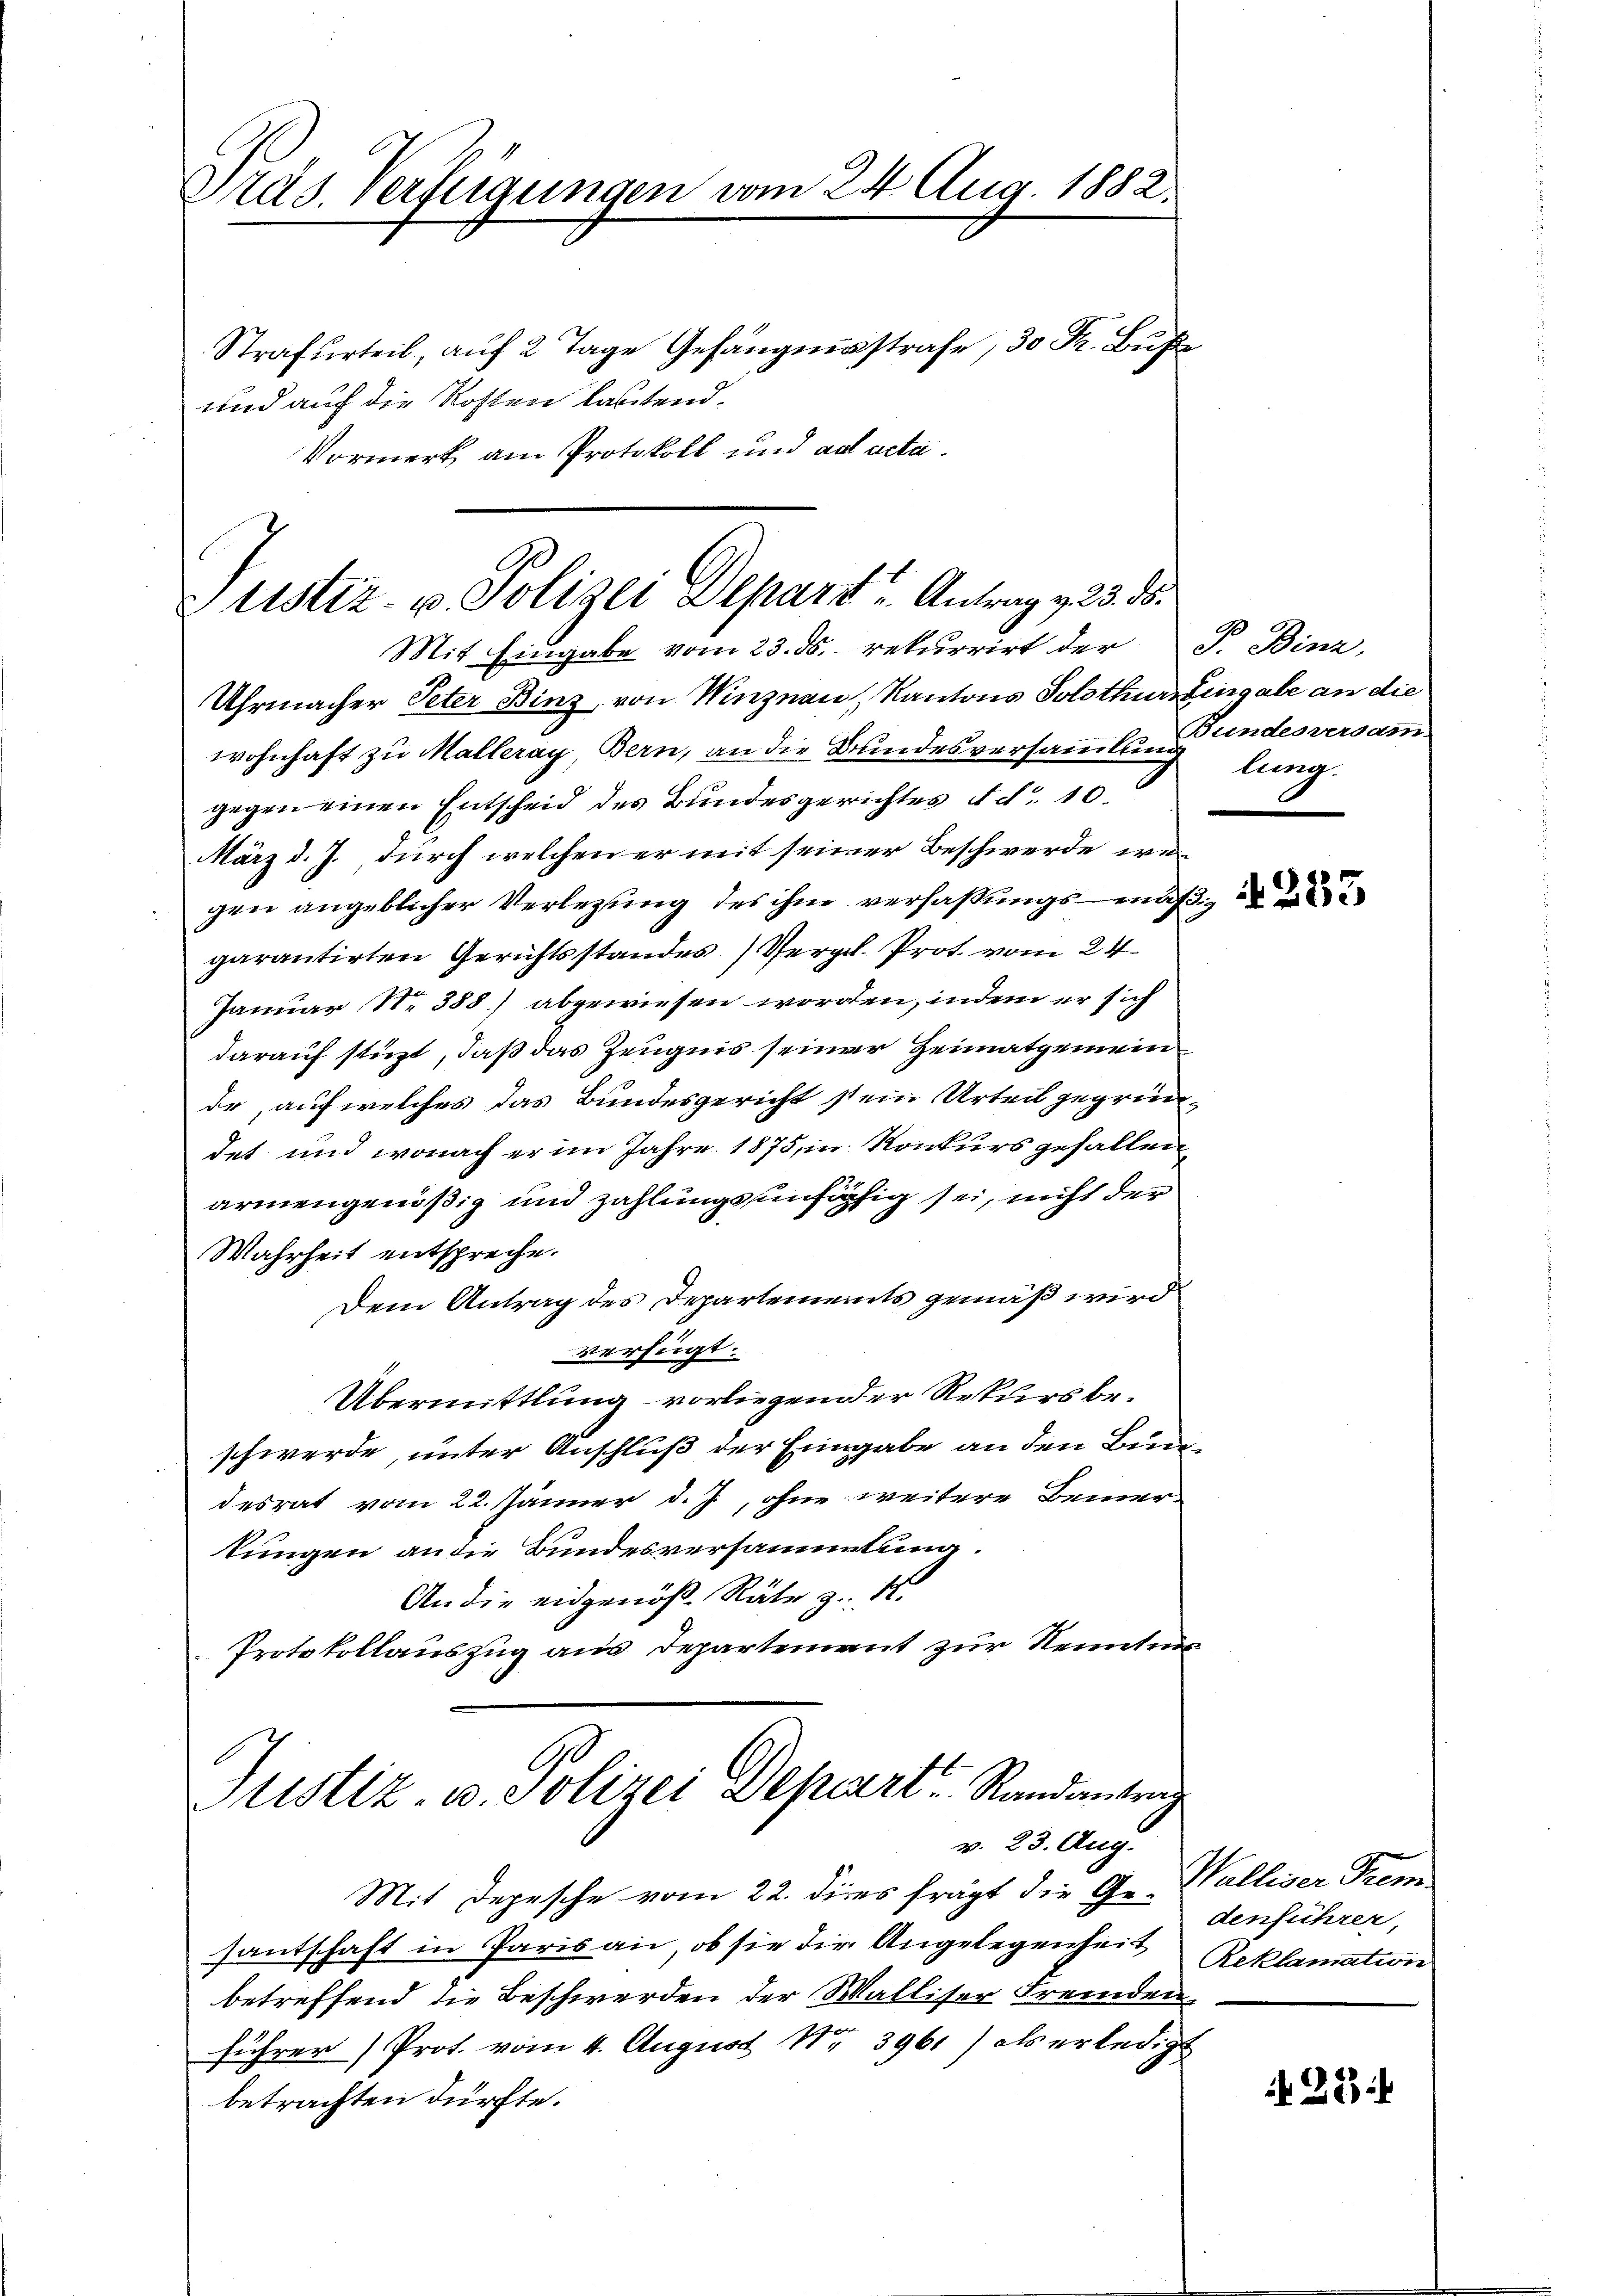
Präs. Verfügungen vom 24. Aug. 1882.

Strafurteil, aŭf 2 Tage Gefängnisstrafe, 30 Fr. Buße
und auf die Kosten lautend.
Vormerk am Protokoll und ad acta.

Justiz- u. Polizei Depart Antrag v. 3. ds.
Mit Eingabe vom 23. ds. rekurrirt der

Justiz, u. Polizei Depart. Randantrag
v. 23. Aug.

Uhrmacher Peter Binz, von Winznau, Kantons Solothur Eingabe an die
wohnhaft zu Malleray, Bern, an die Bundesversammlung undesversammgegen einen Entscheid des Bundesgerichtes d. d. 10.
März d. J., durch welchen er mit seiner Beschwerde wegen angeblicher Verlegung des ihm verfaßungsmäßgarantirten Gerichtsstandes) Vergl. Prot vom 24.
Januar N. 388) abgewiesen worden, indem er sich
darauf stüzt, daß das Zeugnis seiner Heimatgemeinde, auf welches das Bundesgericht stein Urteil gegründet und wonach er im Jahre 1875, in Konkurs gefallen
armengenößig und zahlungsunfähig sei, nicht der
Wahrheit entspreche.
Dem Antrag des Departements gemäß wird
verfügt:
Übermittlung vorliegender Rekurs beschwerde, unter Anschluß der Eingabe an den Bundesrat vom 22. Jänner d. J., ohne weitere Bemer-
tungen an die Bundesversammtung.
An die eidgenöß. Räte z. K.
Protokollauszug aus Departement zur Kenntnis

P. Binz,
lung.

Mit Depesche vom 22. dies frägt die Ge- Walliser Fremsantschaft in Paris an, ob sie die Angelegenheit Reklamation
betreffend die Beschwerden der Walliser Fremdenführer Prot. vom 4. August 1 3961) als erledigt
betrachten dürfte.

2 N. 283

denführer,

if. 28